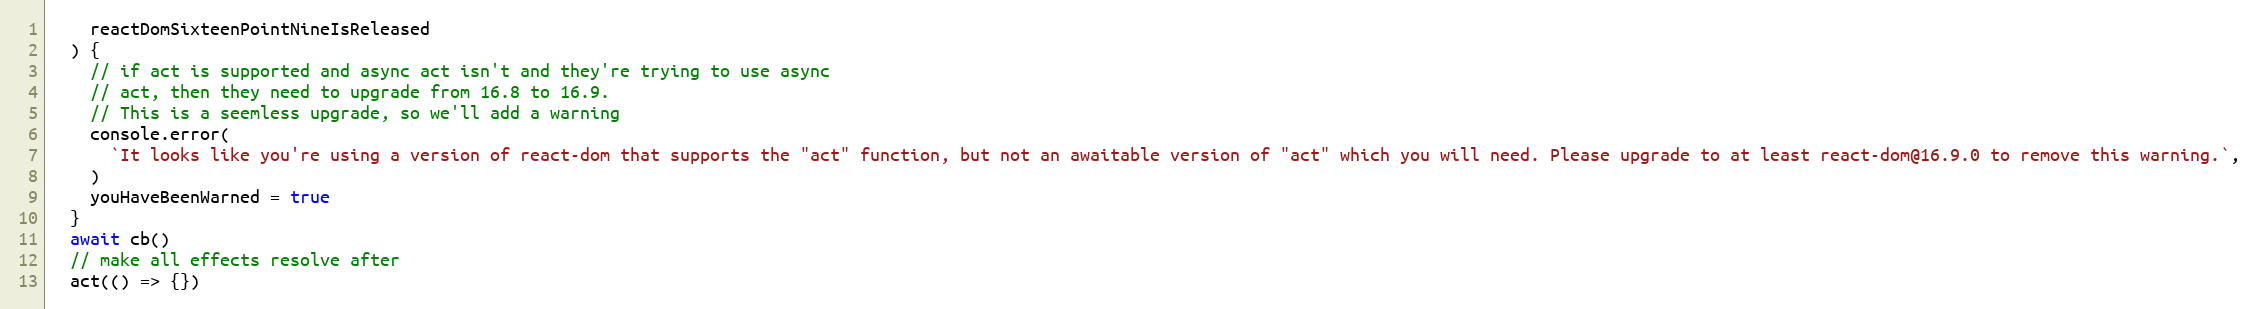
Language: JavaScript
    reactDomSixteenPointNineIsReleased
  ) {
    // if act is supported and async act isn't and they're trying to use async
    // act, then they need to upgrade from 16.8 to 16.9.
    // This is a seemless upgrade, so we'll add a warning
    console.error(
      `It looks like you're using a version of react-dom that supports the "act" function, but not an awaitable version of "act" which you will need. Please upgrade to at least react-dom@16.9.0 to remove this warning.`,
    )
    youHaveBeenWarned = true
  }
  await cb()
  // make all effects resolve after
  act(() => {})